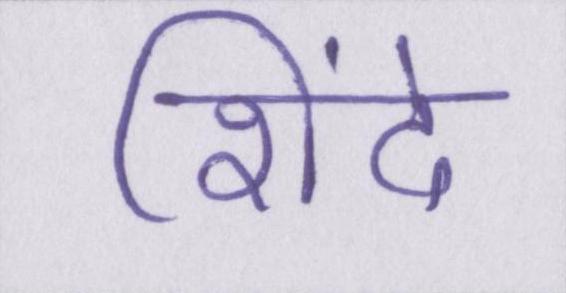
शिंदे